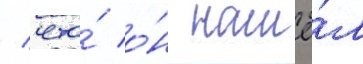
/ что́ о́н нашё́л